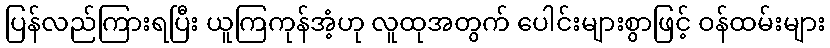
ပြန်လည်ကြားရပြီး ယူကြကုန်အံ့ဟု လူထုအတွက် ပေါင်းများစွာဖြင့် ဝန်ထမ်းများ